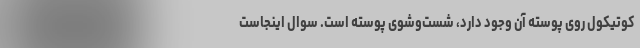
کوتیکول روی پوسته آن وجود دارد، شست‌و‌شوی پوسته است. سوال اینجاست